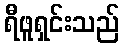
ရီဖူရှင်းသည်